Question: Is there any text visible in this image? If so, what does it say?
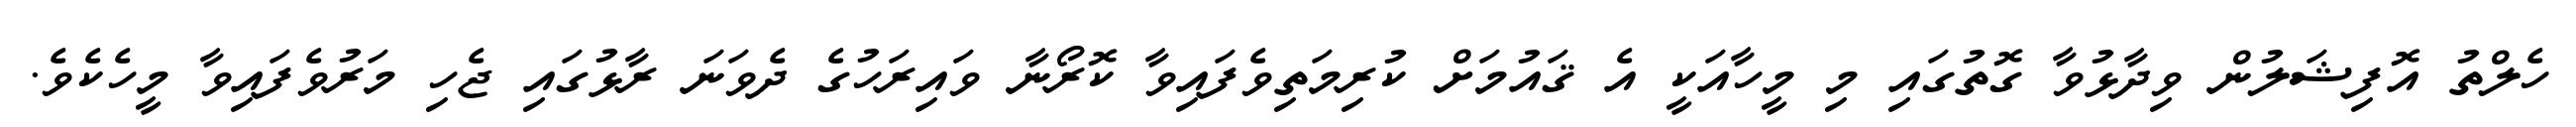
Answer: ހެލްތު އޮފިޝަލުން ވިދާޅުވާ ގޮތުގައި މި މީހާއަކީ އެ ޤައުމަށް ކުރިމަތިވެފައިވާ ކޮރޯނާ ވައިރަހުގެ ދެވަނަ ރާޅުގައި ޖެހި މަރުވެފައިވާ މީހެކެވެ.